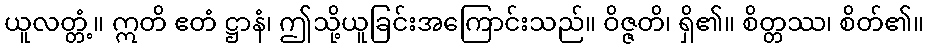
ယူလတ္တံ့။ ဣတိ ဧတံ ဋ္ဌာနံ၊ ဤသို့ယူခြင်းအကြောင်းသည်။ ဝိဇ္ဇတိ၊ ရှိ၏။ စိတ္တဿ၊ စိတ်၏။